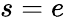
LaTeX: s=e